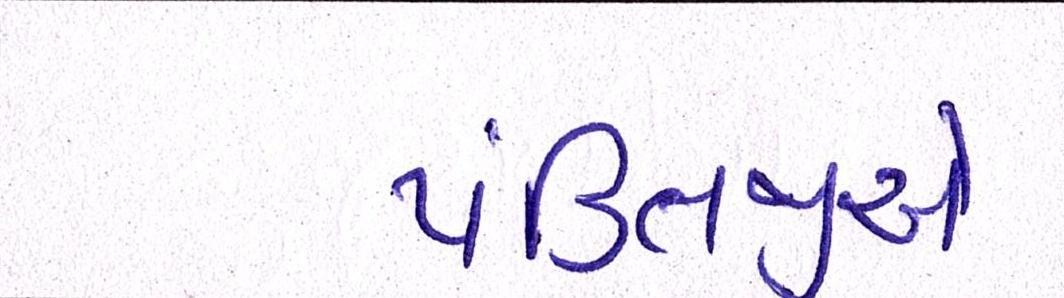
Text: પંડિતજીએ